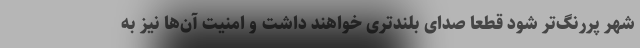
شهر پررنگ‌تر شود قطعا صدای بلندتری خواهند داشت و امنیت آن‌ها نیز به